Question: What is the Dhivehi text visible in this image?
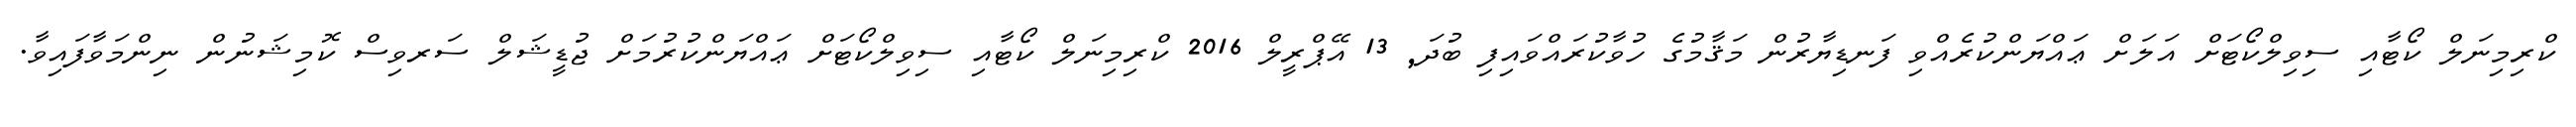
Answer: ކްރިމިނަލް ކޯޓާއި ސިވިލްކޯޓަށް އަލަށް ޢައްޔަންކުރެއްވި ފަނޑިޔާރުން މަޤާމުގެ ހުވާކުރައްވައިފި ބުދަ, 13 އޭޕްރީލް 2016 ކްރިމިނަލް ކޯޓާއި ސިވިލްކޯޓަށް ޢައްޔަންކުރުމަށް ޖުޑީޝަލް ސަރވިސް ކޮމިޝަނުން ނިންމަވާފައިވާ.